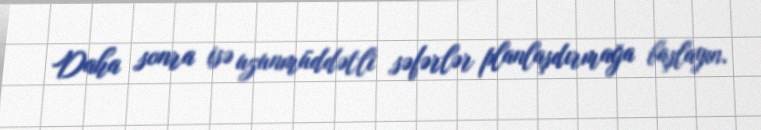
Daha sonra isə uzunmüddətli səfərlər planlaşdırmağa başlayın.